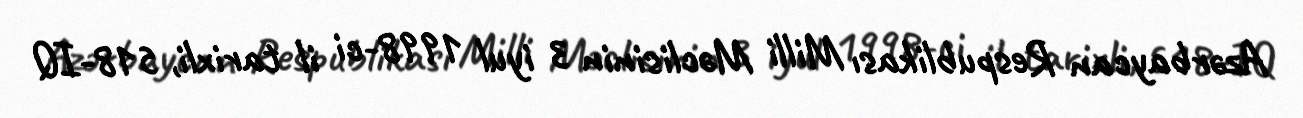
Azərbaycan Respublikası Milli Məclisinin 3 iyul 1998-ci il tarixli, 518-IQ